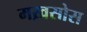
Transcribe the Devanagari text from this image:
मख़सोस